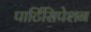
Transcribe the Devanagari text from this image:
पार्टिसिपेशन